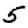
Digit: 5